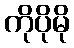
ကိုပိုမို